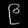
Digit: ၉